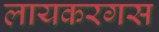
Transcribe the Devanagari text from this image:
लायकरगस